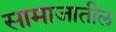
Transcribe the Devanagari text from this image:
सामाजातील